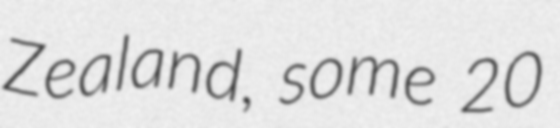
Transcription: Zealand, some 20